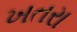
ખતરા